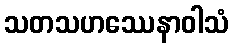
သတသဟဿေနာဝါသံ